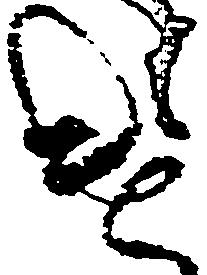
遣